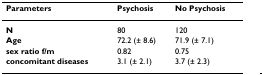
<table><thead><tr><td><b>Parameters</b></td><td><b>Psychosis</b></td><td><b>No Psychosis</b></td></tr></thead><tbody><tr><td><b>N</b></td><td>80</td><td>120</td></tr><tr><td><b>Age</b></td><td>72.2 (± 8.6)</td><td>71.9 (± 7.1)</td></tr><tr><td><b>sex ratio f/m</b></td><td>0.82</td><td>0.75</td></tr><tr><td><b>concomitant diseases</b></td><td>3.1 (± 2.1)</td><td>3.7 (± 2.3)</td></tr></tbody></table>